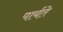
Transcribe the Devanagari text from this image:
पार्यते